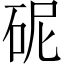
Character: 𪿗